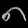
Digit: ၈